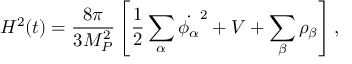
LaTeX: H ^ { 2 } ( t ) = \frac { 8 \pi } { 3 M _ { P } ^ { 2 } } \left[ \frac { 1 } { 2 } \sum _ { \alpha } \dot { \phi _ { \alpha } } ^ { 2 } + V + \sum _ { \beta } \rho _ { \beta } \right] ,